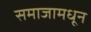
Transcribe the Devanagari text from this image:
समाजामधून